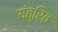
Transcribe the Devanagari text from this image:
यंत्रित